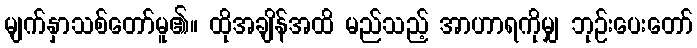
မျက်နှာသစ်တော်မူ၏။ ထိုအချိန်အထိ မည်သည့် အာဟာရကိုမျှ ဘုဉ်းပေးတော်